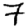
Digit: 7